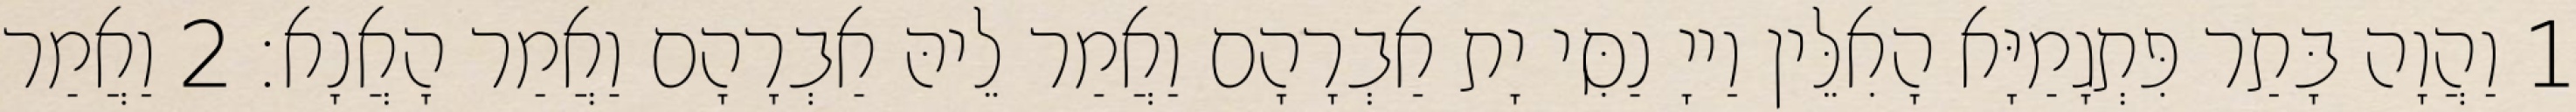
1 וַהֲוָה בָּתַר פִּתְגָמַיָּא הָאִלֵּין וַייָ נַסִּי יָת אַבְרָהָם וַאֲמַר לֵיהּ אַבְרָהָם וַאֲמַר הָאֲנָא׃ 2 וַאֲמַר